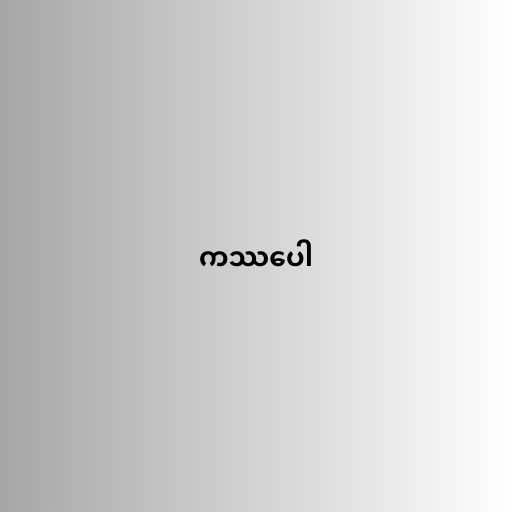
ကဿပေါ